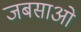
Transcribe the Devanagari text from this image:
जबसाओ